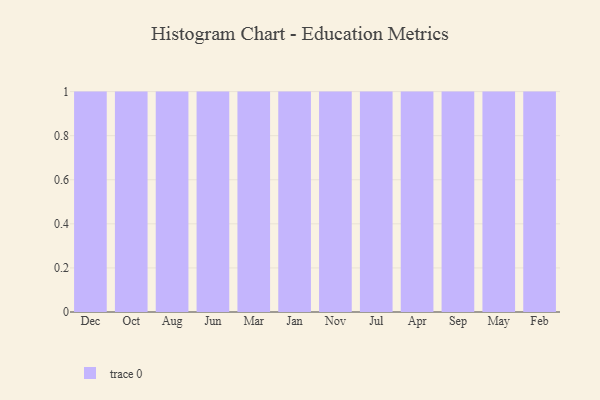
{"axis": {"x": "Month", "y": "LTV (USD)"}, "legend": [""], "data": [{"x": "Dec", "y": 39, "type": ""}, {"x": "Oct", "y": 58, "type": ""}, {"x": "Aug", "y": 10, "type": ""}, {"x": "Jun", "y": 25, "type": ""}, {"x": "Mar", "y": 7, "type": ""}, {"x": "Jan", "y": 87, "type": ""}, {"x": "Nov", "y": 91, "type": ""}, {"x": "Jul", "y": 59, "type": ""}, {"x": "Apr", "y": 96, "type": ""}, {"x": "Sep", "y": 24, "type": ""}, {"x": "May", "y": 18, "type": ""}, {"x": "Feb", "y": 82, "type": ""}]}